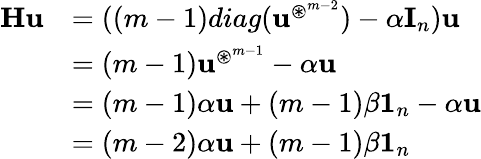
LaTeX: \begin{array}{rl}{\mathbf H\mathbf u}&{=((m-1)diag(\mathbf u^{\circledast^{m-2}})-\alpha\mathbf I_{n})\mathbf u}\\ &{=(m-1)\mathbf u^{\circledast^{m-1}}-\alpha\mathbf u}\\ &{=(m-1)\alpha\mathbf u+(m-1)\beta\mathbf 1_{n}-\alpha\mathbf u}\\ &{=(m-2)\alpha\mathbf u+(m-1)\beta\mathbf 1_{n}}\end{array}